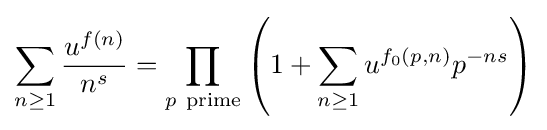
\sum _{n\geq 1}{\frac {u^{f(n)}}{n^{s}}}=\prod _{p\mathrm {\ prime} }\left(1+\sum _{n\geq 1}u^{f_{0}(p,n)}p^{-ns}\right)